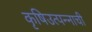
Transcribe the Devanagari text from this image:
कृषिउत्पन्नाची